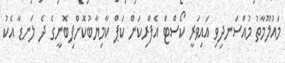
މައުލޫމާތު މުއްސަނދިވި އައިވަރީ ކޯސްޓް އެފްރިކަން ކަޕް ކާމިޔާބުކޮށްފިބޮނީގެ ދެ ލަނޑާ އެކު